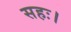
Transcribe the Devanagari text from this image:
सहः।